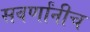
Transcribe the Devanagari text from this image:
सवर्णांनीच